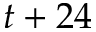
t + 2 4